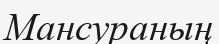
Мансураның